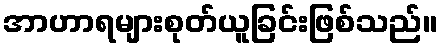
အာဟာရများစုတ်ယူခြင်းဖြစ်သည်။